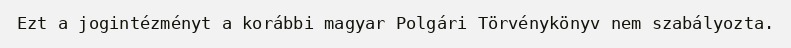
Ezt a jogintézményt a korábbi magyar Polgári Törvénykönyv nem szabályozta.